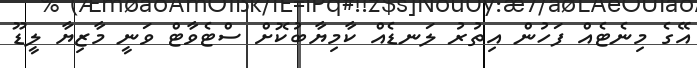
އޭގެ މިނެޓެއް ފަހުން އިތުރު ލަނޑެއް ކާމިޔާބުކޮށް ސްޓެވާޓް ވަނީ މާޒިޔާ ލީޑޫ